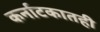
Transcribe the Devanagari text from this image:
कर्नाटकातही